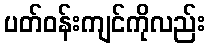
ပတ်ဝန်းကျင်ကိုလည်း